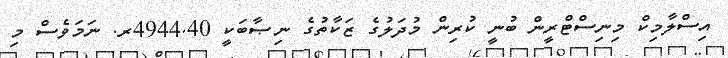
އިސްލާމިކް މިނިސްޓްރީން ބުނީ ކުރިން މުދަލުގެ ޒަކާތުގެ ނިޞާބަކީ 4944.40ރ. ނަމަވެސް މި